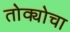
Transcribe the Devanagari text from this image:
तोक्योचा